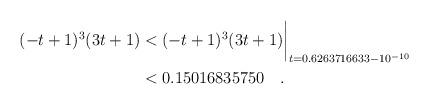
LaTeX: \begin{align*} (-t+1)^3(3t+1)& < (-t+1)^3(3t+1)\biggr\rvert_{t=0.6263716633 - 10^{-10}} \\& < 0.15016835750 \quad . \end{align*}